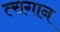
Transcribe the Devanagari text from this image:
त्सगान